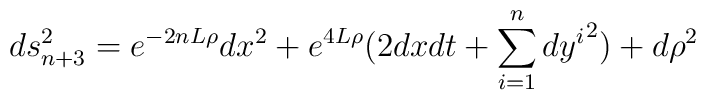
ds^2_{n+3} = e^{-2nL\rho}dx^2+e^{4L\rho}(2dxdt+\sum_{i=1}^n{dy^i}^2)+d\rho^2